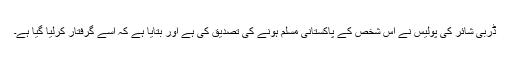
ڈربی شائر کی پولیس نے اس شخص کے پاکستانی مسلم ہونے کی تصدیق کی ہے اور بتایا ہے کہ اسے گرفتار کرلیا گیا ہے۔